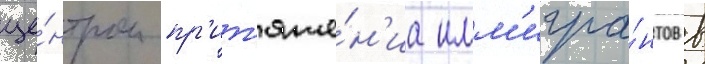
це́нтром пр'ит'яже́н'иа имм'игра́нтов в